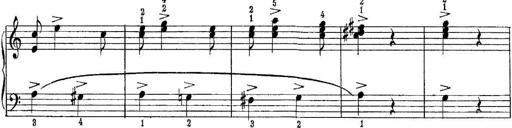
Title: Quatres sonatines
Composer: Tadeusz Joteyko